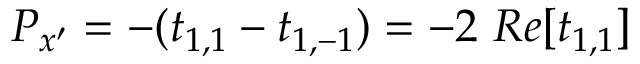
P _ { x ^ { \prime } } = - ( t _ { 1 , 1 } - t _ { 1 , - 1 } ) = - 2 \ R e [ t _ { 1 , 1 } ]